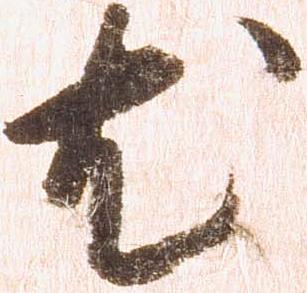
尤